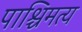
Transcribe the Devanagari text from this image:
पाश्चिमत्य